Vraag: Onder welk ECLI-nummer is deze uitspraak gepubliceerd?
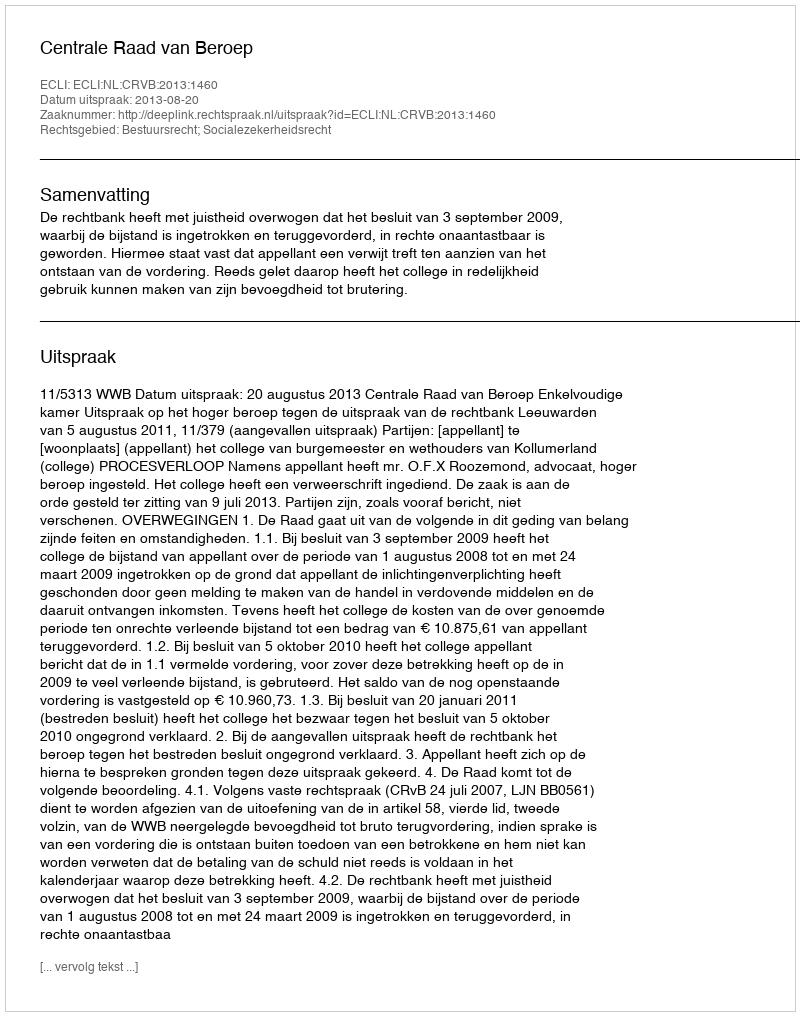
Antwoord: ECLI:NL:CRVB:2013:1460